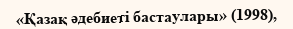
«Қазақ әдебиеті бастаулары» (1998),